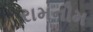
રામનૌમ